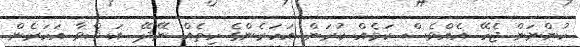
ހުންނަން ޖެހޭ އެއްވެސް ކަމެއް ކުރަން އަހަރެންގެ ހިތެއް ނޭދޭ.. އަޝްވާ އަހަރެން